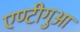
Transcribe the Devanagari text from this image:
एण्टीगुआ